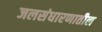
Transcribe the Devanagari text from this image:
जलसंधारणातील